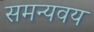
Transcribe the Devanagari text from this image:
समन्यवय